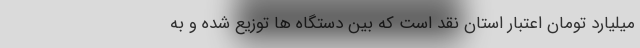
میلیارد تومان اعتبار استان نقد است که بین دستگاه ها توزیع شده و به